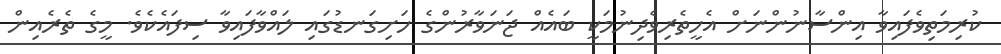
ކުރިމަތިވެފައިވާ އިންސާނުންނަށް އެހީތެރިވެދިނުމަކީ ބައެއް ޖަނަވާރުންގެ ހަށިގަނޑުގައި ލައްވާފައިވާ ސިފައެކެވެ. މީގެ ތެރެއިން